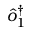
\Hat { o } _ { 1 } ^ { \dag }